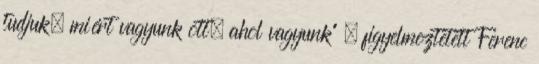
tudjuk, miért vagyunk ott, ahol vagyunk” – figyelmeztetett Ferenc